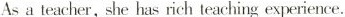
Asa teacher, she has rich teaching experience.